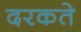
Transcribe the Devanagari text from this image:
दरकते